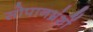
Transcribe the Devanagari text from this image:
सोपानभ्रंशों